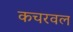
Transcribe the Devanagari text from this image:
कचरवल